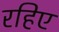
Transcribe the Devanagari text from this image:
रहिए